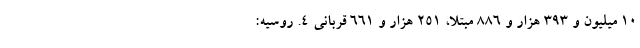
۱۰ میلیون و ۳۹۳ هزار و ۸۸۶ مبتلا، ۲۵۱ هزار و ۶۶۱ قربانی ۴. روسیه: